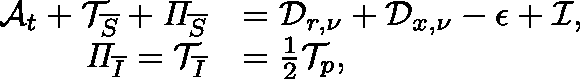
\begin{array} { r l } { \mathcal { A } _ { t } + \mathcal { T } _ { \overline { { S } } } + \mathit { \Pi } _ { \overline { { S } } } } & { = \mathcal { D } _ { r , \nu } + \mathcal { D } _ { x , \nu } - \mathcal { \epsilon } + \mathcal { I } , } \\ { \mathit { \Pi } _ { \overline { { I } } } = \mathcal { T } _ { \overline { { I } } } } & { = \frac { 1 } { 2 } \mathcal { T } _ { p } , } \end{array}